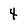
Character: 4